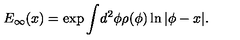
E _ { \infty } ( x ) = \exp \int \! d ^ { 2 } \phi \rho ( \phi ) \ln | \phi - x | .